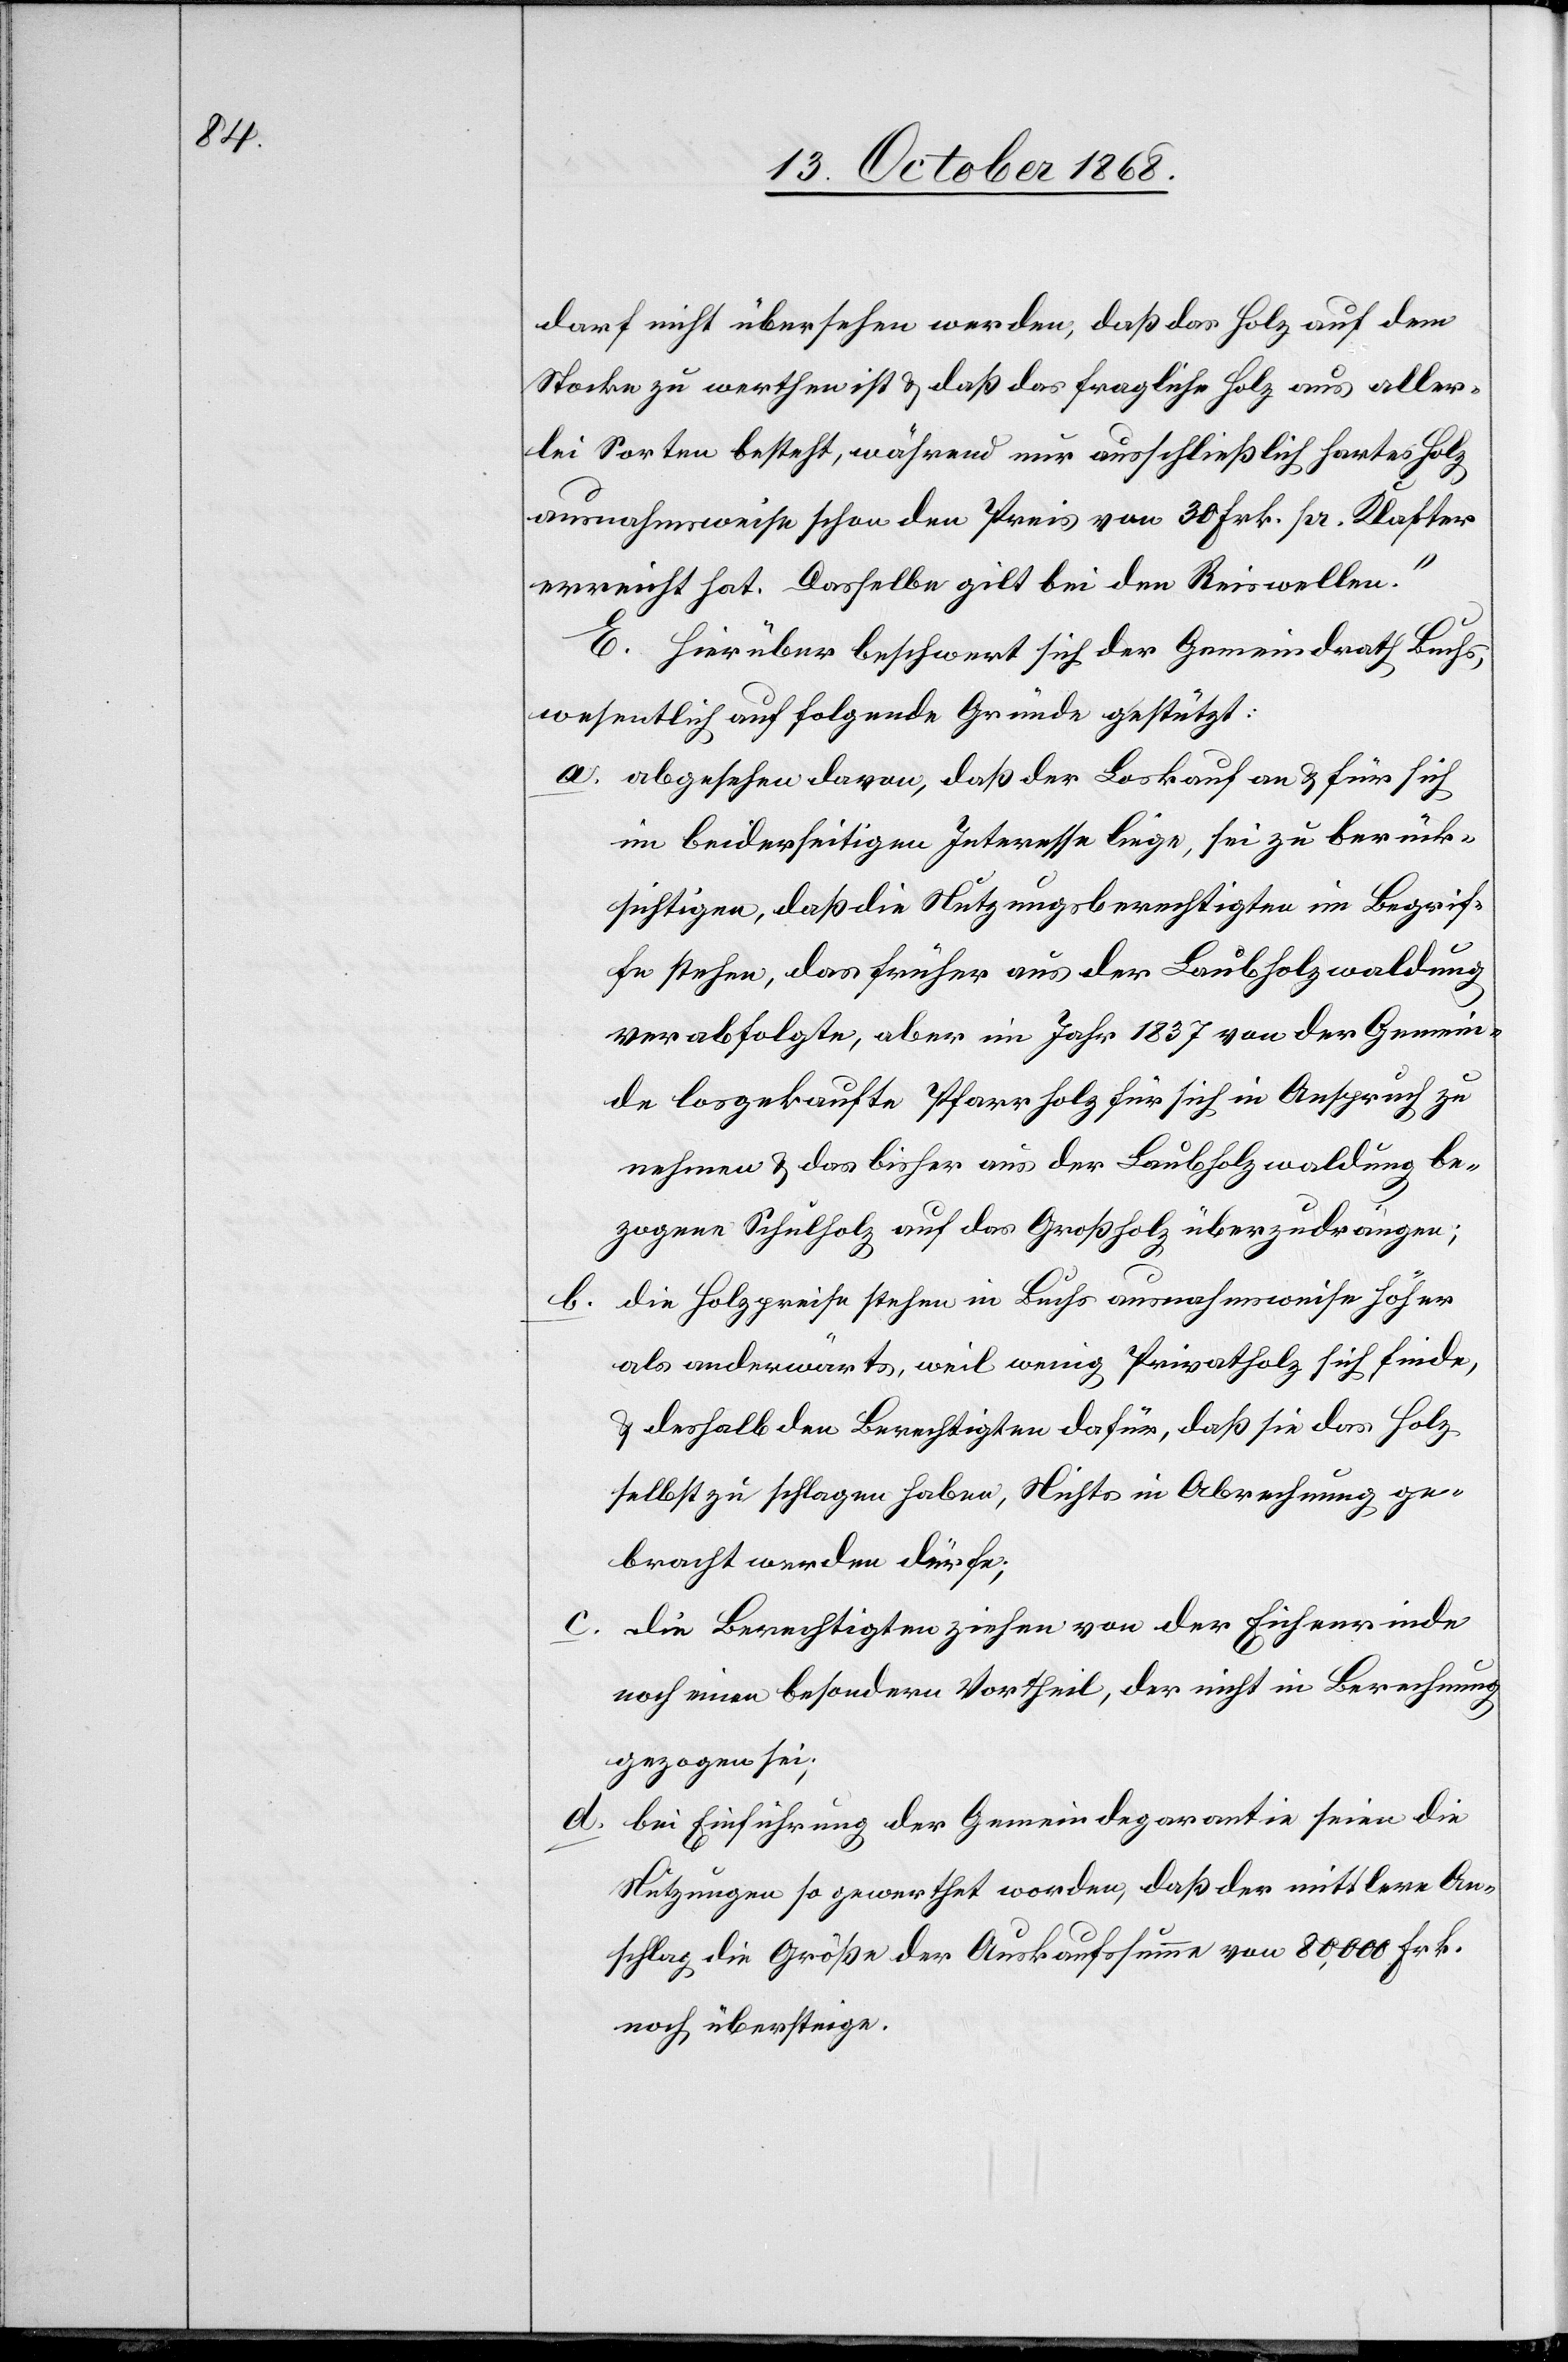
darf nicht übersehen werden, daß das Holz auf dem
Stocke zu werthen ist & daß das fragliche Holz aus aller¬
lei Sorten besteht, während nur ausschließlich hartes Holz
ausnahmsweise schon den Preis von 30 Frk. pr. Klafter
erreicht hat. Dasselbe gilt bei den Reiswellen.“
E. Hierüber beschwert sich der Gemeindrath Buchs,
wesentlich auf folgende Gründe gestützt:
abgesehen davon, daß der Loskauf an & für sich
im beiderseitigen Interesse liege, sei zu berück¬
sichtigen, daß die Nutzungsberechtigten im Begrif¬
fe stehen, das früher aus der Laubholzwaldung
verabfolgte, aber im Jahr 1837 von der Gemein¬
de losgekaufte Pfarrholz für sich in Anspruch zu
nehmen & das bisher aus der Laubholzwaldung be¬
zogene Schulholz auf das Großholz überzudrängen;
als anderwärts, weil wenig Privatholz sich finde,
& deshalb den Berechtigten dafür, daß sie das Holz
selbst zu schlagen haben, Nichts in Abrechnung ge¬
bracht werden dürfe;
die Berechtigten ziehen von der Eichenrinde
noch einen besondern Vortheil, der nicht in Berechnung
gezogen sei;
bei Einführung der Gemeindegarantie seien die
Nutzungen so gewerthet worden, daß der mittlere An¬
schlag die Größe der Auskaufssumme von 80,000 Frk.
noch übersteige.